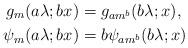
LaTeX: \begin{align*} g_{m}(a\lambda;bx) &= g_{am^b}(b\lambda;x), \\ \psi_{m}(a\lambda;bx) &= b\psi_{am^b}(b\lambda;x) \end{align*}